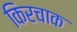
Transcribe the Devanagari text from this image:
किरचाक